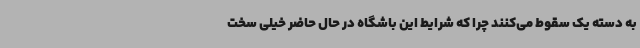
به دسته یک سقوط می‌کنند چرا که شرایط این باشگاه در حال حاضر خیلی سخت